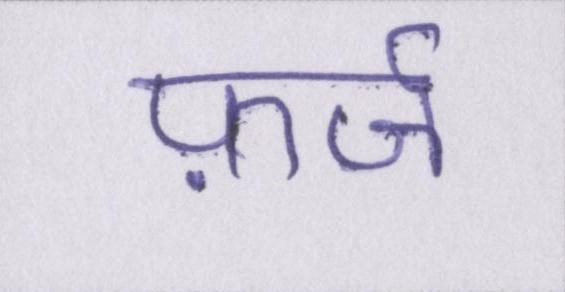
फ़र्ज़